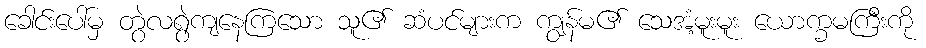
ခေါင်းပေါ်မှ တွဲလရွဲကျနေကြသော သူ၏ ဆံပင်များက ကျွန်မ၏ သေအံ့မူးမူး ယောက္ခမကြီးကို